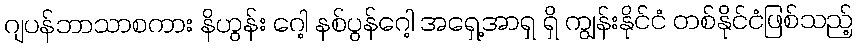
ဂျပန်ဘာသာစကား နိဟွန်း ဂေါ့ နစ်ပွန်ဂေါ့ အရှေ့အာရှ ရှိ ကျွန်းနိုင်ငံ တစ်နိုင်ငံဖြစ်သည့်